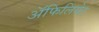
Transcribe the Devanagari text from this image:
अॅफिलियेट